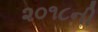
૨૦૧૮ની